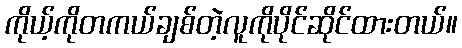
ကိုယ့်ကိုတကယ်ချစ်တဲ့လူကိုပိုင်ဆိုင်ထားတယ်။